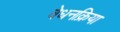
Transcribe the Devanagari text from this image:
वेधनक्रिया